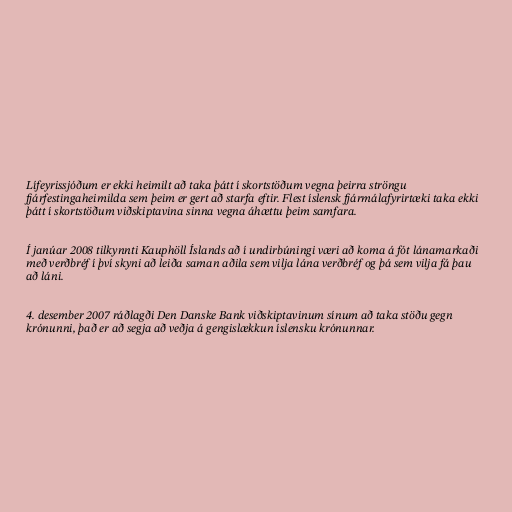
Lífeyrissjóðum er ekki heimilt að taka þátt í skortstöðum vegna þeirra ströngu
fjárfestingaheimilda sem þeim er gert að starfa eftir. Flest íslensk fjármálafyrirtæki taka ekki
þátt í skortstöðum viðskiptavina sinna vegna áhættu þeim samfara.

Í janúar 2008 tilkynnti Kauphöll Íslands að í undirbúningi væri að koma á fót lánamarkaði
með verðbréf í því skyni að leiða saman aðila sem vilja lána verðbréf og þá sem vilja fá þau
að láni.

4. desember 2007 ráðlagði Den Danske Bank viðskiptavinum sínum að taka stöðu gegn
krónunni, það er að segja að veðja á gengislækkun íslensku krónunnar.